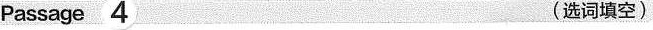
Passage4 (选词填空)